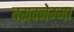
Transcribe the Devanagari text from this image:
बसवनेम्मा